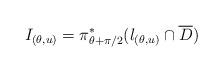
LaTeX: \begin{align*}I_{(\theta,u)}=\pi^*_{\theta +\pi/2}(l_{(\theta,u)} \cap {\overline D})\end{align*}